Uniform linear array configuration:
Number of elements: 32
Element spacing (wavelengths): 1
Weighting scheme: exponential
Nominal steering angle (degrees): -15
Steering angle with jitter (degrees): -13.412
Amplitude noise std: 0.05
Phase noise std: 0.05

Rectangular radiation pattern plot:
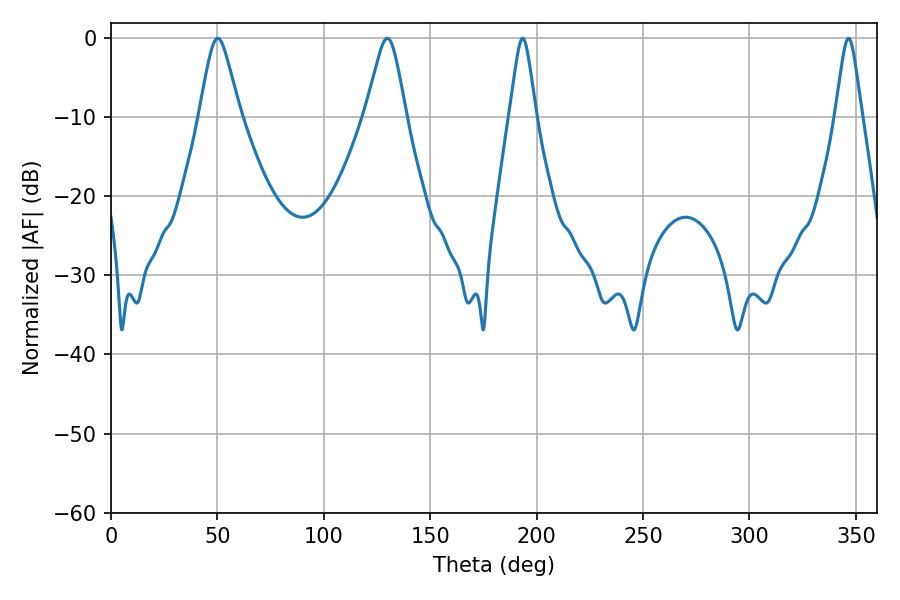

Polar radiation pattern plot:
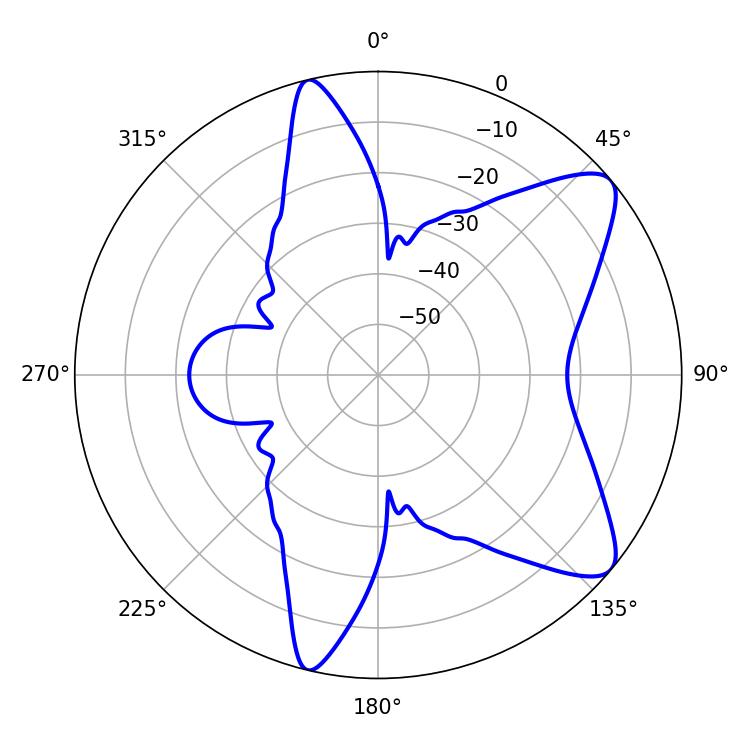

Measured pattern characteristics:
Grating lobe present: TRUE
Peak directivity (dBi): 9.1
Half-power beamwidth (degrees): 9
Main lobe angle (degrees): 129.78